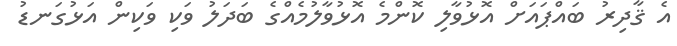
އެ ޤާދިރު ބައްޕައަށް އޮޅުވާލި ކޮންމެ އޮޅުވާލުމެއްގެ ބަދަލު ވަކި ވަކިން އަޅުގަނޑު